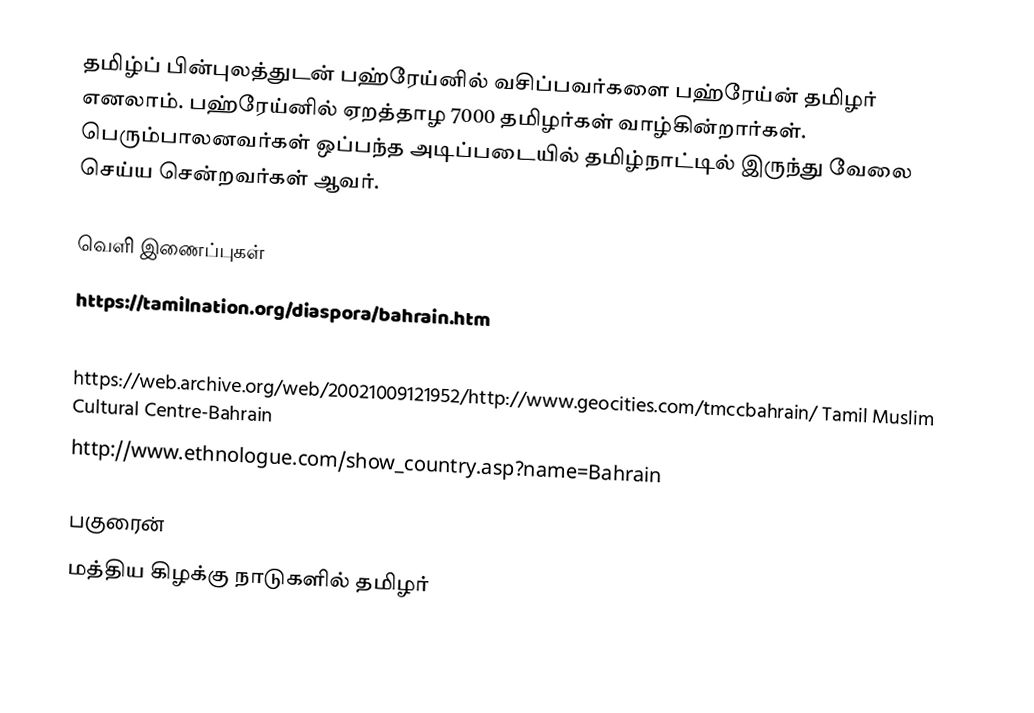
தமிழ்ப் பின்புலத்துடன் பஹ்ரேய்னில் வசிப்பவர்களை பஹ்ரேய்ன் தமிழர் எனலாம். பஹ்ரேய்னில் ஏறத்தாழ 7000 தமிழர்கள் வாழ்கின்றார்கள்.  பெரும்பாலனவர்கள் ஒப்பந்த அடிப்படையில் தமிழ்நாட்டில் இருந்து வேலை செய்ய சென்றவர்கள் ஆவர்.

வெளி இணைப்புகள்
 https://tamilnation.org/diaspora/bahrain.htm
 http://www.tamilmanram.org.bh  Tamil Social & Cultural Association
 https://web.archive.org/web/20021009121952/http://www.geocities.com/tmccbahrain/  Tamil Muslim Cultural Centre-Bahrain
 http://www.ethnologue.com/show_country.asp?name=Bahrain

பகுரைன்
மத்திய கிழக்கு நாடுகளில் தமிழர்